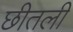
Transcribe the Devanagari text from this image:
छीतली